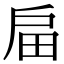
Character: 㧂